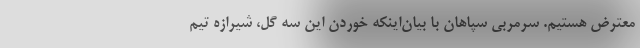
معترض هستیم. سرمربی سپاهان با بیان‌اینکه خوردن این سه گل، شیرازه تیم